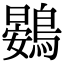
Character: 鷃